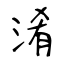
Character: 淆